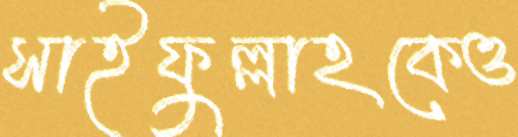
সাইফুল্লাহকেও